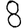
Digit: 8